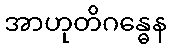
အာဟုတိဂန္ဓေန